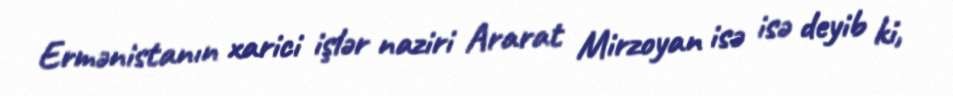
Ermənistanın xarici işlər naziri Ararat Mirzoyan isə isə deyib ki,